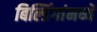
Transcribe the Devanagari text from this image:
बिल्डिंगांमध्ये